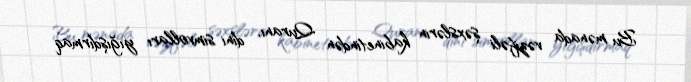
Bu mənada vəzifəli şəxslərin kabinetindən Quranı, dini simvolları yığışdırmaq